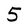
Character: 5